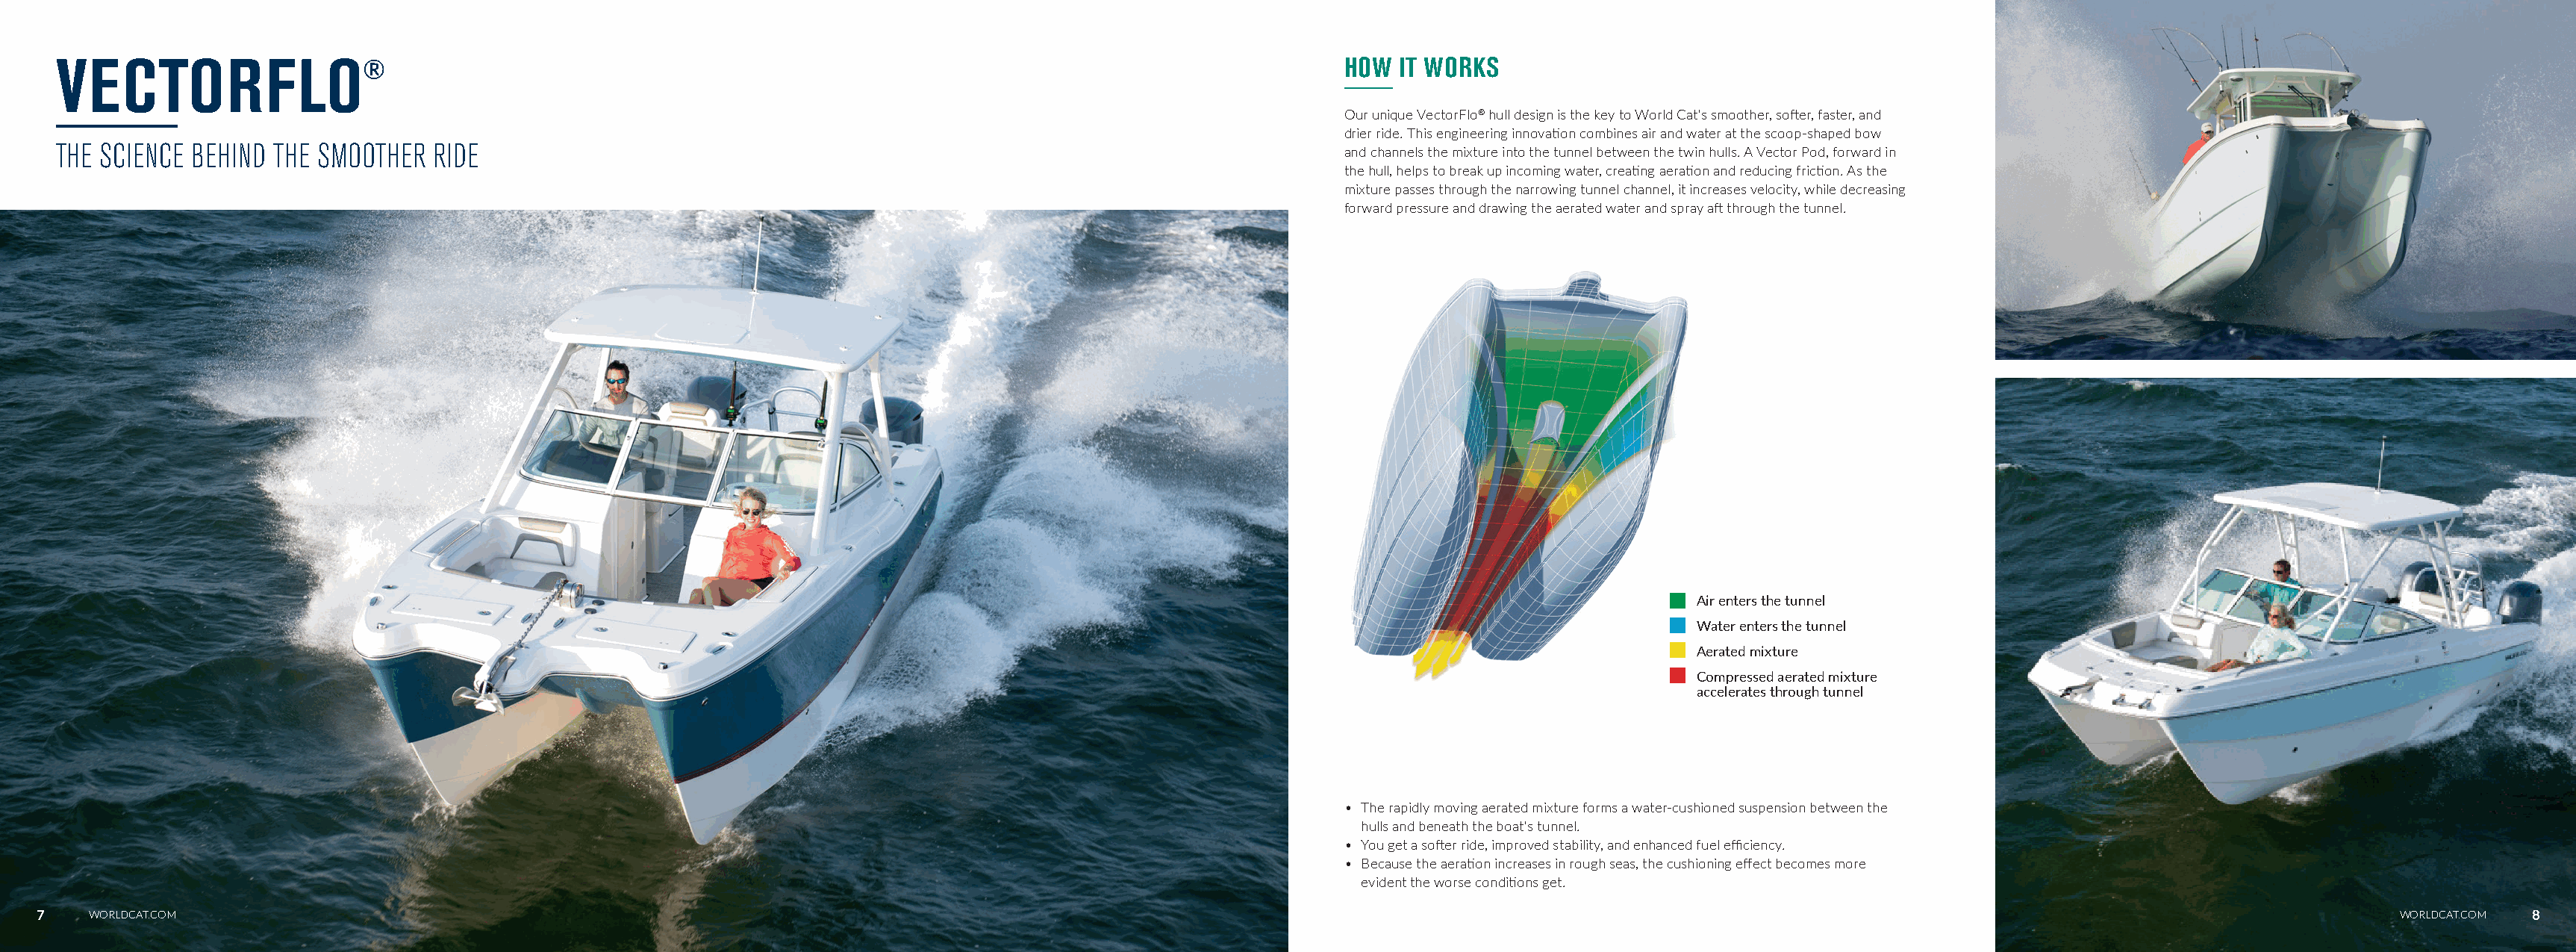
VECTORFLO®                                                                                                        HOW  IT WORKS
 Our unique VectorFlo® hull design is the key to World Cat's smoother, softer, faster, and
 drier ride. This engineering innovation combines air and water at the scoop-shaped bow
 THE SCIENCE BEHIND THE SMOOTHER  RIDE                                                                             and channels the mixture into the tunnel between the twin hulls. A Vector Pod, forward in
 the hull, helps to break up incoming water, creating aeration and reducing friction. As the
 mixture passes through the narrowing tunnel channel, it increases velocity, while decreasing
 forward pressure and drawing the aerated water and spray aft through the tunnel.
 Air enters the tunnel
 Water enters the tunnel
 Aerated mixture
 Compressed aerated mixture
 accelerates through tunnel
 • T he rapidly moving aerated mixture forms a water-cushioned suspension between the
 hulls and beneath the boat's tunnel.
 • Y ou get a softer ride, improved stability, and enhanced fuel efficiency.
 • Because the aeration increases in rough seas, the cushioning effect becomes more
 evident the worse conditions get.
 7    WORLDCAT.COM                                                                                                                                                                                                 WORLDCAT.COM 8